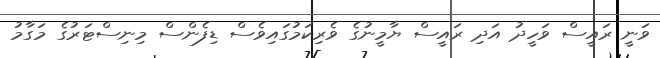
ވަނީ ރައީސް ވަހީދު އަދި ރައީސް ޔާމީނުގެ ވެރިކަމުގައިވެސް ޑިފެންސް މިނިސްޓަރުގެ މަގާމު